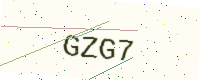
Text: GZG7